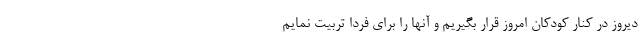
دیروز در کنار کودکان امروز قرار بگیریم و آنها را برای فردا تربیت نمایم